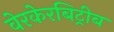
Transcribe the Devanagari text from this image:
वेरकेरबिट्रीब